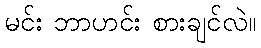
မင်း ဘာဟင်း စားချင်လဲ။